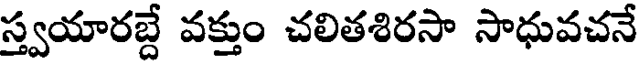
స్త్వయారబ్దే వక్తుం చలితశిరసా సాధువచనే